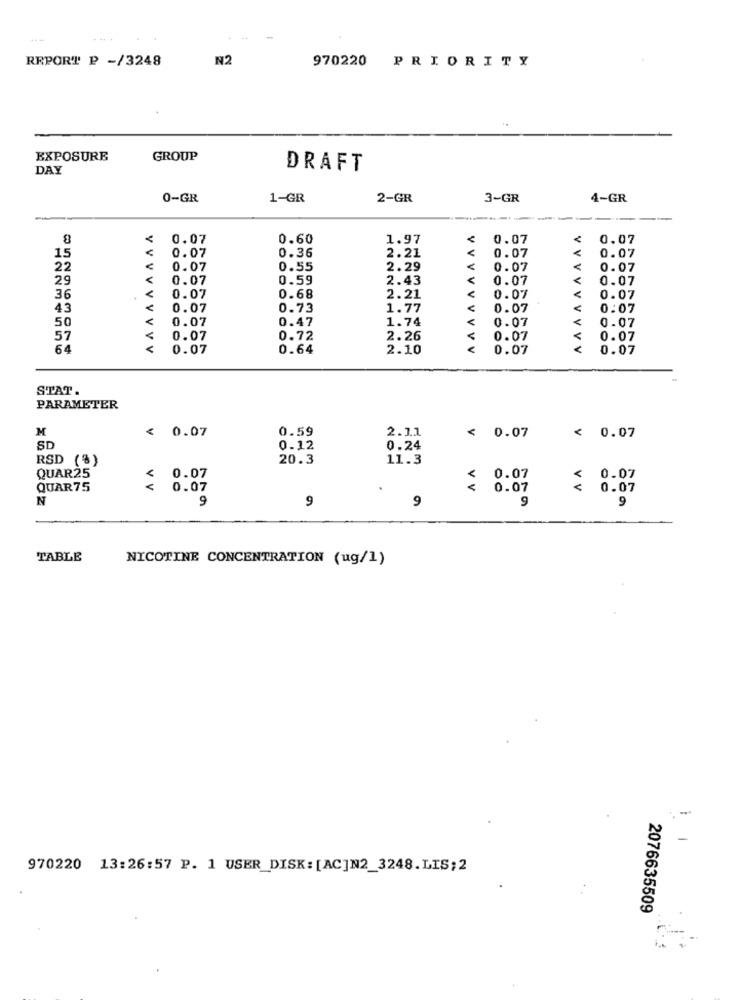
REPORT P -/3248
N2
970220 PRIORITY
EXPOSURE
GROUP
DAY
DRAFT
0-GR
1-GR
2-GR
3-GR
4-GR
8
0.07
0.60
1.97
0.07
0.07
0.36
2.21
15
0.07
0.07
0.07
22
0.07
0.55
2.29
0.07
0.07
29
0.07
0.59
2.43
0.07
0.07
36
0.07
0.68
2.21
0.07
VVVV
0.07
43
0.07
0.73
1.77
0.07
0.07
0.07
0.47
1.74
0.07
0.07
50
57
0.07
0.72
2.26
0.07
0.07
64
VVVVVVVVV
0.07
0.64
2.10
VVVVVVVV
0.07
VVVV
0.07
STAT.
PARAMETER
< 0.07
0.59
2.11
M
< 0.07
< 0.07
SD
0.12
0.24
RSD (%)
20.3
11.3
QUAR25
0.07
≤ 0.07
0.07
QUAR75
V V
0.07
.
< 0.07
< 0.07
N
9
9
9
9
9
TABLE
NICOTINE CONCENTRATION (ug/1)
970220 13:26:57 P. 1 USER_DISK: [AC]N2_3248.LIS;2
2076635509